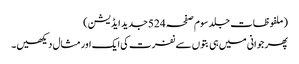
(ملفوظات جلد سوم صفحہ 524جدید ایڈیشن)
پھر جوانی میں ہی بتوں سے نفرت کی ایک اور مثال دیکھیں۔